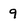
Character: 9